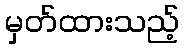
မှတ်ထားသည့်